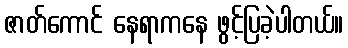
ဇာတ်ကောင် နေရာကနေ ဖွင့်ပြခဲ့ပါတယ်။